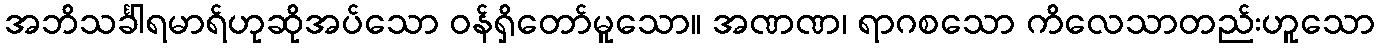
အဘိသင်္ခါရမာရ်ဟုဆိုအပ်သော ဝန်ရှိတော်မူသော။ အဏဏ၊ ရာဂစသော ကိလေသာတည်းဟူသော